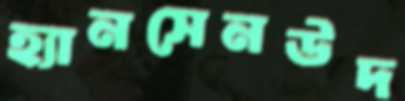
হ্যানসেনউদ